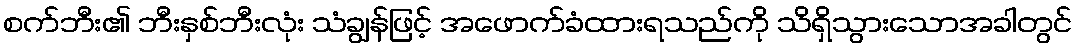
စက်ဘီး၏ ဘီးနှစ်ဘီးလုံး သံချွန်ဖြင့် အဖောက်ခံထားရသည်ကို သိရှိသွားသောအခါတွင်